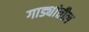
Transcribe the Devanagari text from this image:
गाड्यांतील